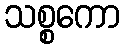
သစ္စကော